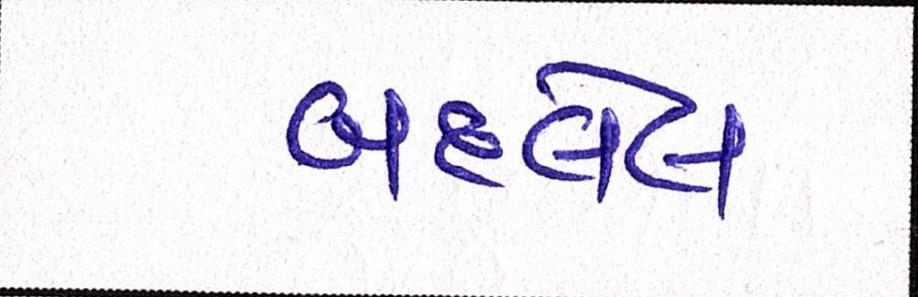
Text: બદલેલ